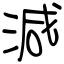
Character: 減